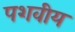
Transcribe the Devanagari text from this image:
पशवीय